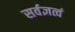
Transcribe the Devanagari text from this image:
सर्वज्ञत्वं